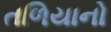
તળિયાનો